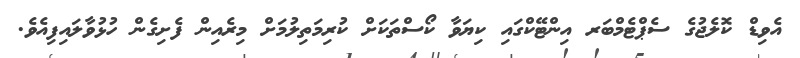
އެވިޑް ކޮލެޖުގެ ސެޕްޓެމްބަރ އިންޓޭކްގައި ކިޔަވާ ކޯސްތަކަށް ކުރިމަތިލުމަށް މިރެއިން ފެށިގެން ހުޅުވާލައިފިއެވެ.